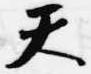
天